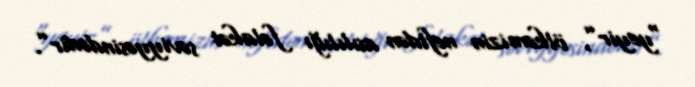
“yeyir”, ölkəmizin neftdən asılılığı fəlakət səviyyəsindədir”.